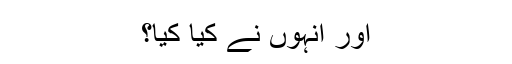
اور انہوں نے کیا کیا؟